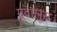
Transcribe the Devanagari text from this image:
ग्रूवालूस